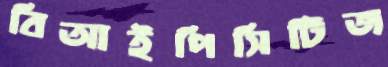
বিআইপিসিটিজ